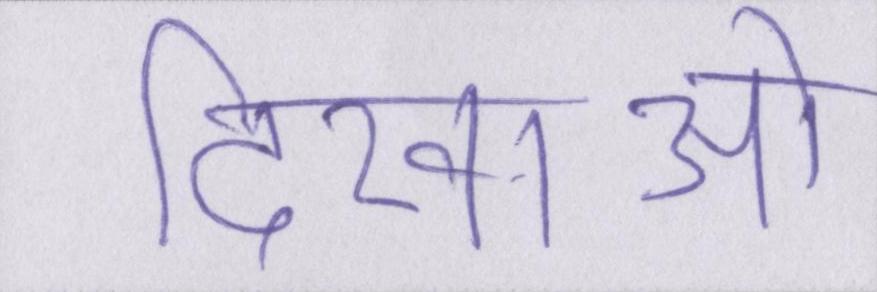
दिखाओ